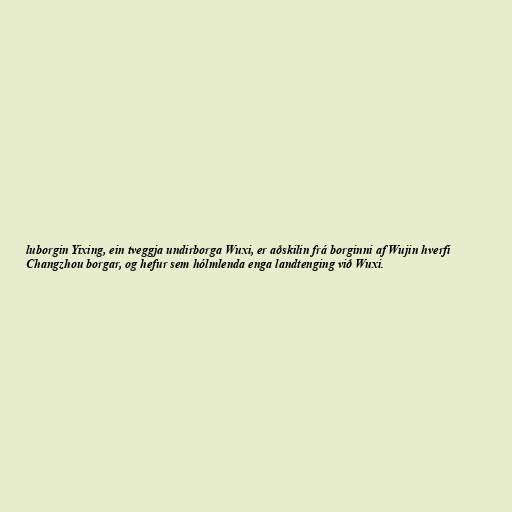
luborgin Yixing, ein tveggja undirborga Wuxi, er aðskilin frá borginni af Wujin hverfi
Changzhou borgar, og hefur sem hólmlenda enga landtenging við Wuxi.